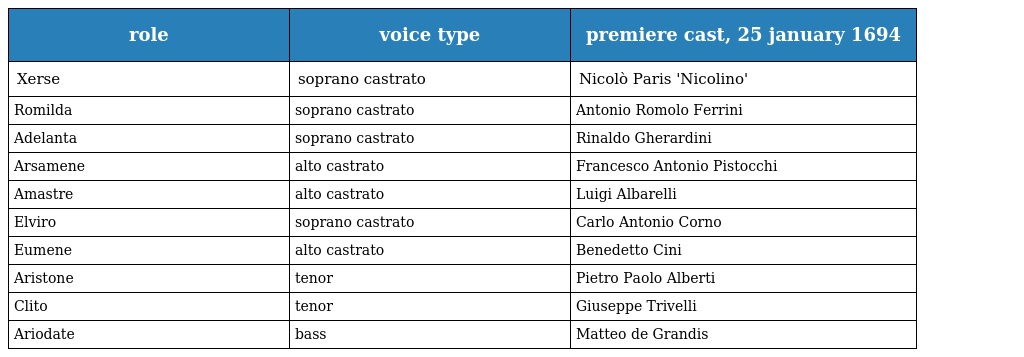
| role | voice type | premiere cast, 25 january 1694 |
 | --- | --- | --- |
 | Xerse | soprano castrato | Nicolò Paris 'Nicolino' |
 | Romilda | soprano castrato | Antonio Romolo Ferrini |
 | Adelanta | soprano castrato | Rinaldo Gherardini |
 | Arsamene | alto castrato | Francesco Antonio Pistocchi |
 | Amastre | alto castrato | Luigi Albarelli |
 | Elviro | soprano castrato | Carlo Antonio Corno |
 | Eumene | alto castrato | Benedetto Cini |
 | Aristone | tenor | Pietro Paolo Alberti |
 | Clito | tenor | Giuseppe Trivelli |
 | Ariodate | bass | Matteo de Grandis |